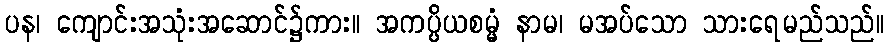
ပန၊ ကျောင်းအသုံးအဆောင်၌ကား။ အကပ္ပိယစမ္မံ နာမ၊ မအပ်သော သားရေမည်သည်။